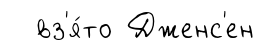
вз'я́то Дженс'ен